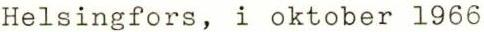
Helsingfors, i oktober l966